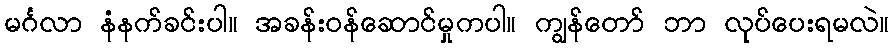
မင်္ဂလာ နံနက်ခင်းပါ။ အခန်းဝန်ဆောင်မှုကပါ။ ကျွန်တော် ဘာ လုပ်ပေးရမလဲ။